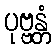
ပုဗ္ဗန္တံ